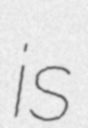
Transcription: is